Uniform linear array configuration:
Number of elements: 48
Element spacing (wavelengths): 0.5
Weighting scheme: cosine
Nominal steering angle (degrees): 0
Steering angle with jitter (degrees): -1.039
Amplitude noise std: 0.05
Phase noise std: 0.05

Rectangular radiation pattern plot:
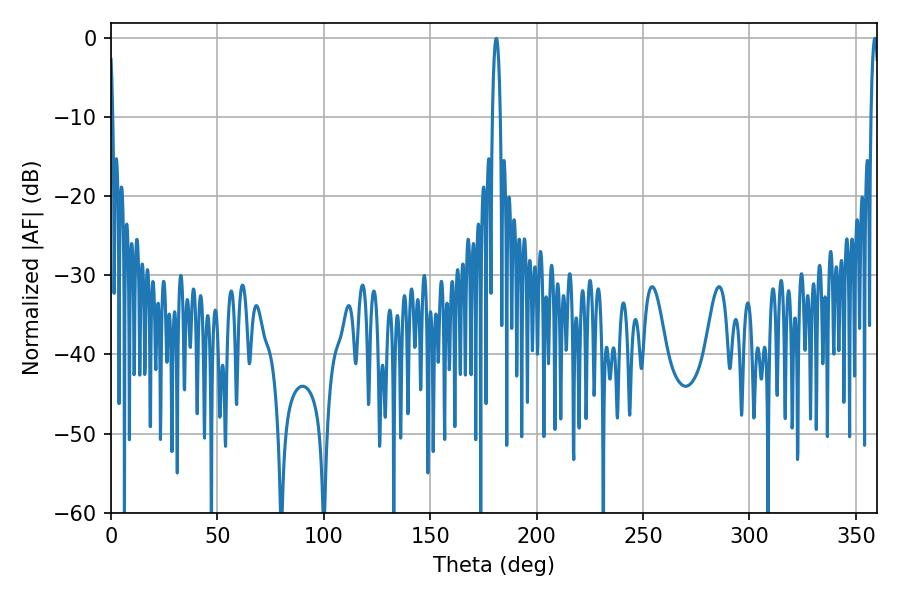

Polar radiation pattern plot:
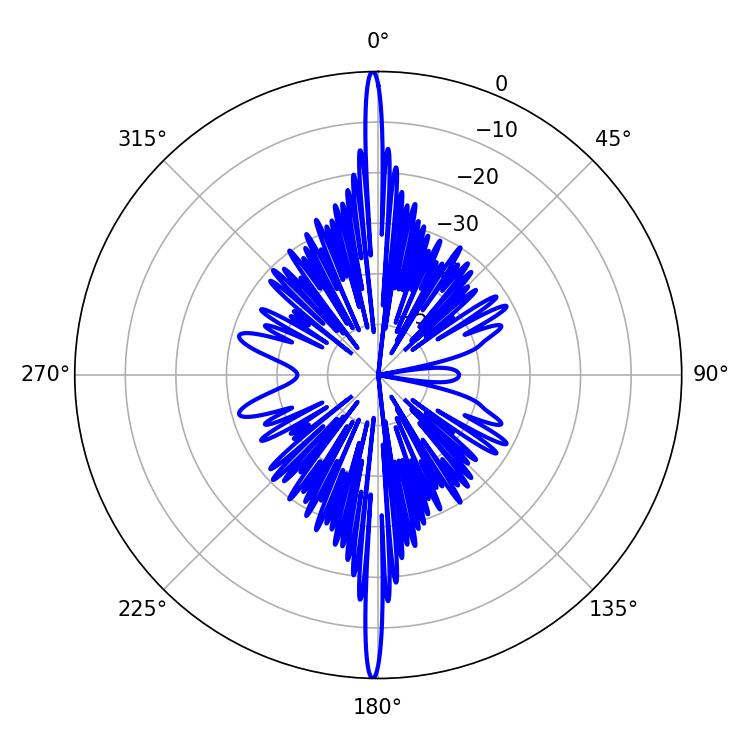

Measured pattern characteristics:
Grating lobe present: FALSE
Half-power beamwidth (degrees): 2.16
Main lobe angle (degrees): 358.92